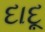
દાદૂ